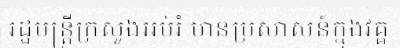
រដ្ឋមន្ត្រីក្រសួងអប់រំ មានប្រសាសន៍ក្នុងវគ្គ